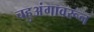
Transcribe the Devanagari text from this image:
चहुअंगावरून